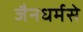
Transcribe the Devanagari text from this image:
जैनधर्मसे